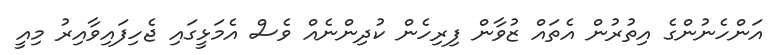
އަންހެނުންގެ އިތުރުން އެތައް ޒުވާން ފިރިހެން ކުދިންނެއް ވެސް އެމަޅީގައި ޖެހިފައިވާއިރު މިއީ